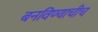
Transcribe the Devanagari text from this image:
बनविण्याचीच